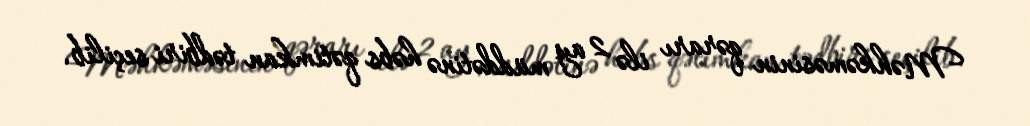
Məhkəməsinin qərarı ilə 2 ay müddətinə həbs qətimkan tədbiri seçilib.